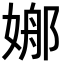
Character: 𡟦